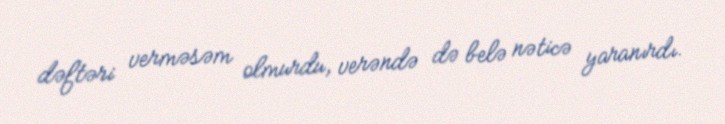
dəftəri verməsəm olmurdu, verəndə də belə nəticə yaranırdı.